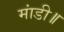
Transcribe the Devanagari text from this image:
मांडी॥